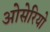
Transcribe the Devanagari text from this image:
ओसेरियो